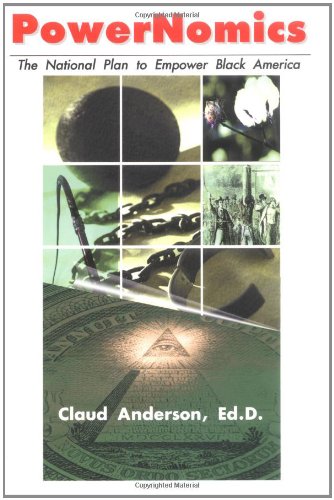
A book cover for PowerNomics : The National Plan to Empower Black America; Dr. Claud Anderson; Business & Money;